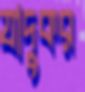
যাদুকর